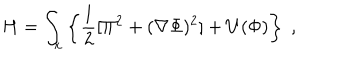
LaTeX: H = \int _ { \bf x } \left\{ \frac { 1 } { 2 } [ \Pi ^ { 2 } + ( { \bf \nabla } \Phi ) ^ { 2 } ] + U ( \Phi ) \right\} \; ,